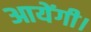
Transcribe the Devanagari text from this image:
आयेंगी।